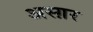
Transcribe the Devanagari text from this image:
अस्ग़र